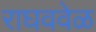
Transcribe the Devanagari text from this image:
राघववेळ